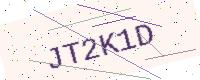
Text: JT2K1D